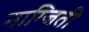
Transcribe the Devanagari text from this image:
नाग्जिती